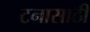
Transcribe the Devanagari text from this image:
टनासाठी